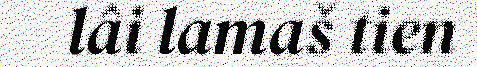
lâi lamaš tien